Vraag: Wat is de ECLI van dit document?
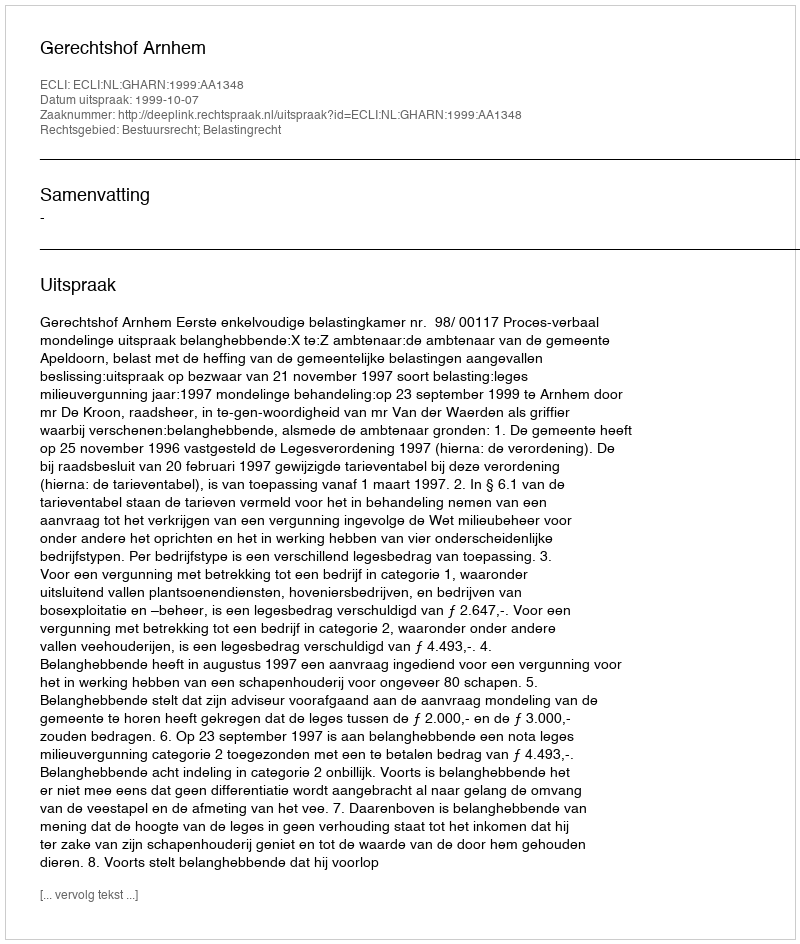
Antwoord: ECLI:NL:GHARN:1999:AA1348